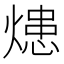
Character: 𤍲